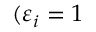
( \varepsilon _ { i } = 1